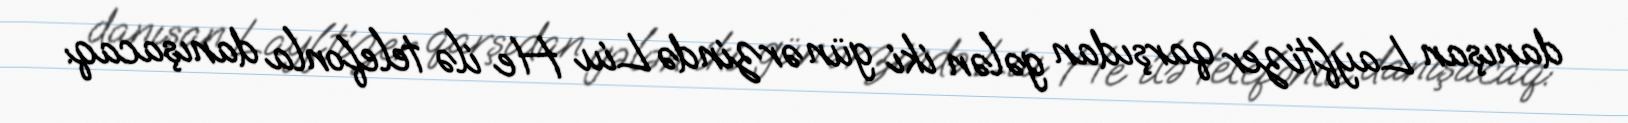
danışan Layftizer qarşıdan gələn iki gün ərzində Liu He ilə telefonla danışacaq: